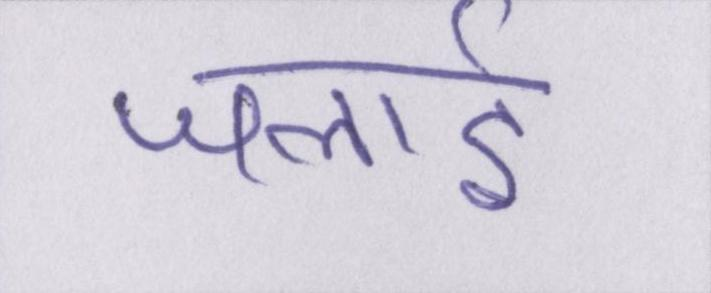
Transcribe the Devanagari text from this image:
जलाई